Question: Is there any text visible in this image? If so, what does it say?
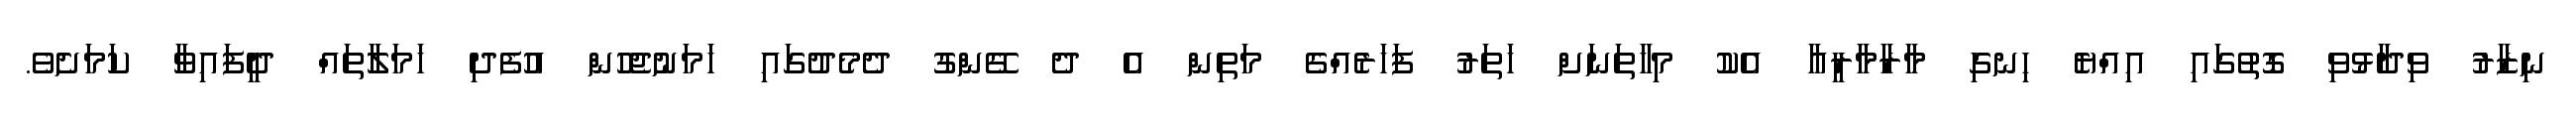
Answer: ނިޒާރު ވިދާޅުވި ގޮތުގައި އިއްޔެ ހިނގި މާރާމާރީއާ އެކު މިހާތަނަށް ހަތަރު ފަހަރެއްގެ މަތިން އެ ދެ ގޭންގު ދެމެދުގައި ހަމަނުޖެހުން އުފެދި ހަމަލާތައް ދީފައިވާ ކަމަށެވެ.